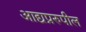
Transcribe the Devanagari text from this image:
आद्यप्ररुपील